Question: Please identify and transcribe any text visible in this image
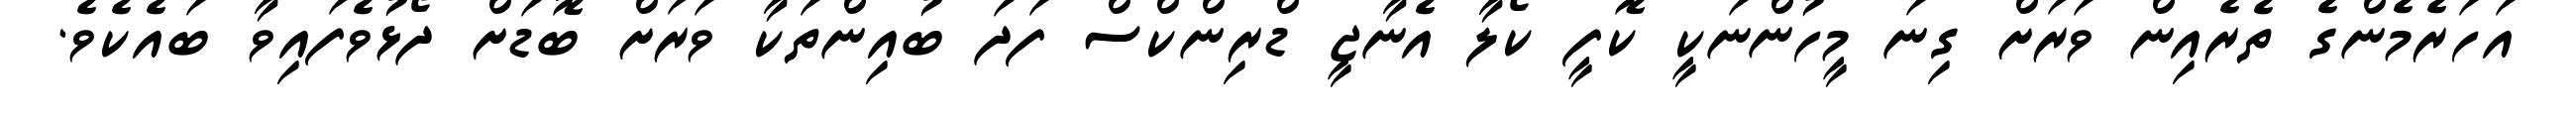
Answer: އަހަރެމެންގެ ތެރެއިން ވަރަށް ގިނަ މީހުންނަކީ ކޮފީ ކޯލާ އެނާޖީ ޑްރިންކްސް ފަދަ ބުއިންތަކާ ވަރަށް ބޮޑަށް ދޯޅުވެފައިވާ ބައެކެވެ.